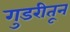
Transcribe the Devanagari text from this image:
गुडरीतून